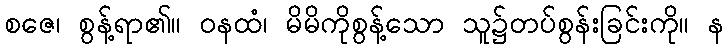
စဇေ၊ စွန့်ရာ၏။ ဝနထံ၊ မိမိကိုစွန့်သော သူ၌တပ်စွန်းခြင်းကို။ န